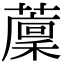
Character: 𦾰